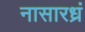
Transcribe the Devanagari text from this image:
नासारध्रं